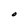
Character: O